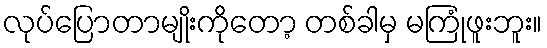
လုပ်ပြောတာမျိုးကိုတော့ တစ်ခါမှ မကြုံဖူးဘူး။